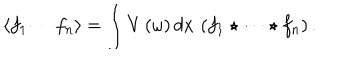
\langle f _ { 1 } \cdots f _ { n } \rangle = \int V \left( \omega \right) d x \, \left( f _ { 1 } \star \cdots \star f _ { n } \right) .